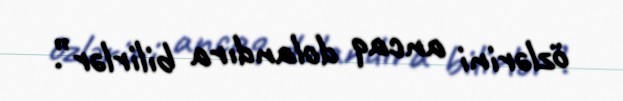
özlərini ancaq dolandıra bilirlər”.